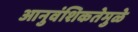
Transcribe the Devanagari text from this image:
आनुवंशिकतेमुळे